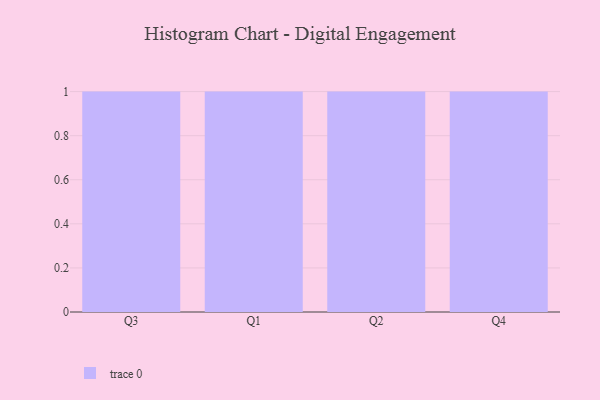
{"axis": {"x": "Quarter", "y": "Latency (ms)"}, "legend": [""], "data": [{"x": "Q3", "y": 85, "type": ""}, {"x": "Q1", "y": 27, "type": ""}, {"x": "Q2", "y": 39, "type": ""}, {"x": "Q4", "y": 96, "type": ""}]}